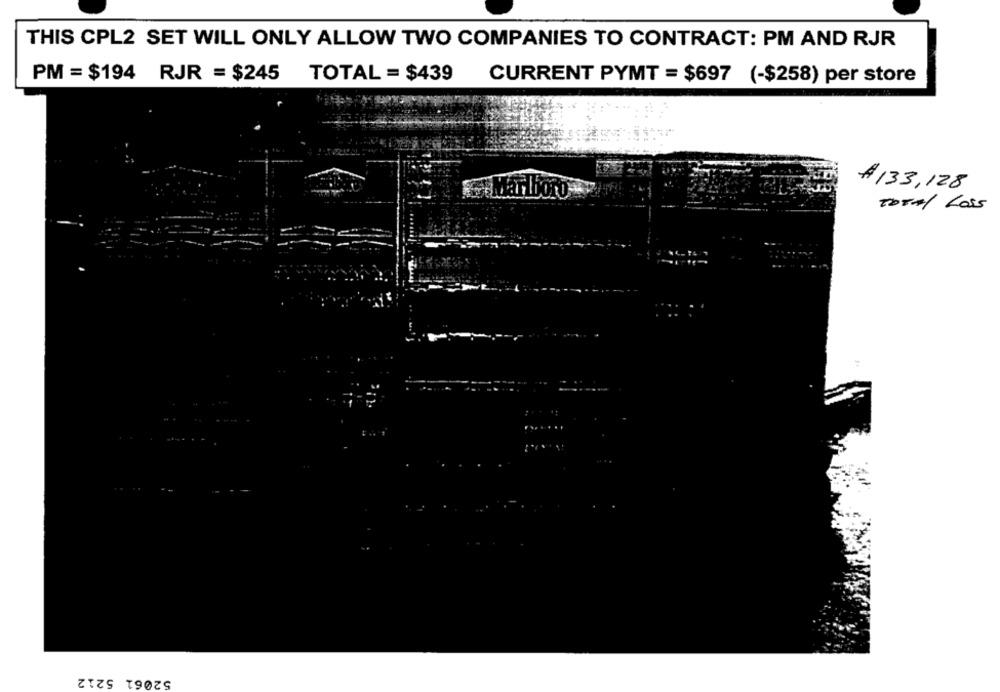
THIS CPL2 SET WILL ONLY ALLOW TWO COMPANIES TO CONTRACT: PM AND RJR
PM = $194 RJR = $245 TOTAL = $439
CURRENT PYMT = $697 (-$258) per store
$ 133,128
Marlboro
TOTAL Loss
52061 5212